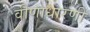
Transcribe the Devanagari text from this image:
वीणाधारणी